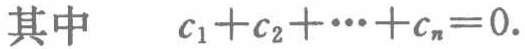
其中 $\quad c_{1}+c_{2}+\cdots +c_{n}=0.$